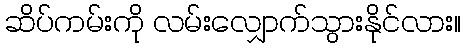
ဆိပ်ကမ်းကို လမ်းလျှောက်သွားနိုင်လား။